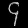
Digit: ၄